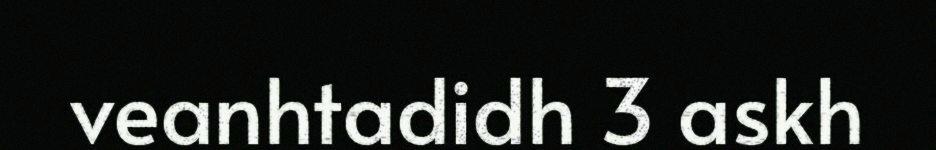
veanhtadidh 3 askh